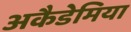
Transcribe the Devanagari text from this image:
अकैडेमिया